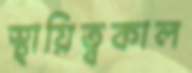
স্থায়িত্বকাল